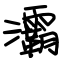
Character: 灞